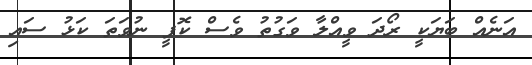
އަނެއް ބަޔަކީ ރޯދަ ވީއްލާ ވަގުތު ވެސް ކޮފީ ނުވަތަ ކަޅު ސައި